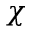
\chi